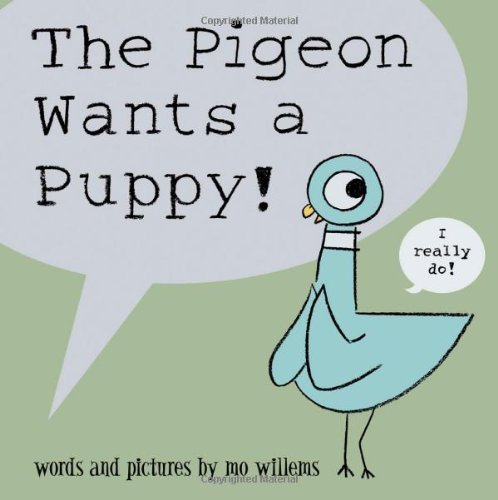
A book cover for The Pigeon Wants a Puppy; Mo Willems; Children's Books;